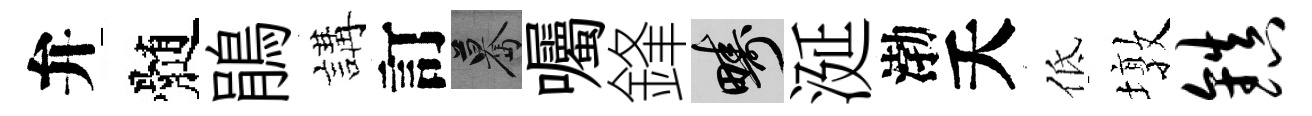
弁髄鵑講訂驀囑鋒疇涎渤夭低墩镇